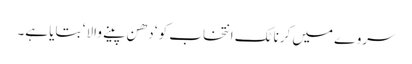
سروے میں کرناٹک انتخاب کو ‘ دھن پینے والا ‘ بتایا ہے۔